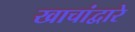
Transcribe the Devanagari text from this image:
खाचांद्वारे